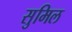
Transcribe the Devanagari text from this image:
सुमिल